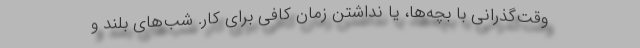
وقت‌گذرانی با بچه‌ها، یا نداشتن زمان کافی برای کار. شب‌های بلند و